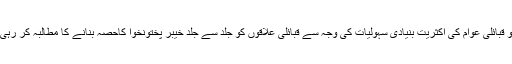
اب تو قبائلی عوام کی اکثریت بنیادی سہولیات کی وجہ سے قبائلی علاقوں کو جلد سے جلد خیبر پختونخوا کاحصہ بنانے کا مطالبہ کر رہی ہے۔